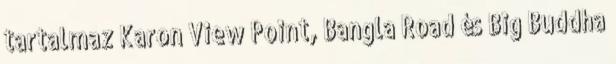
tartalmaz Karon View Point, Bangla Road és Big Buddha